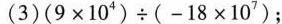
(3)$$(9\times 10^{4})\times (-18\times 10^{7})$$